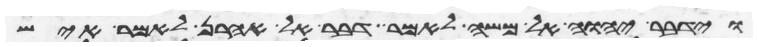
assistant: וידבר יהוה אל משה לאמר דבר אל אהרן לאמר איש